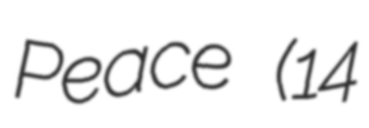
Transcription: Peace (14